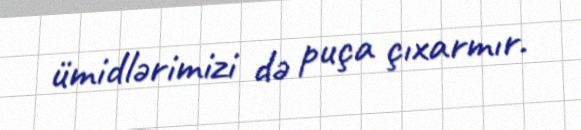
ümidlərimizi də puça çıxarmır.